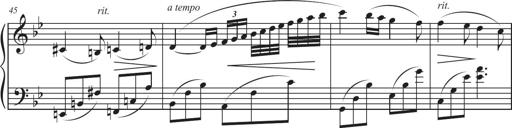
Title: Sonatina in D major
Composer: Shota Saitoh
Key: D major